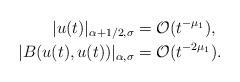
LaTeX: \begin{align*} |u(t)|_{\alpha+1/2,\sigma}&=\mathcal O(t^{-\mu_1}),\\ |B(u(t),u(t))|_{\alpha,\sigma}&=\mathcal O(t^{-2\mu_1}).\end{align*}